Annual report of the Bengal Veterinary College and of the Civil Veterinary Department, Bengal, for the year 1912-1913 - 1912-1913
Year: 1912
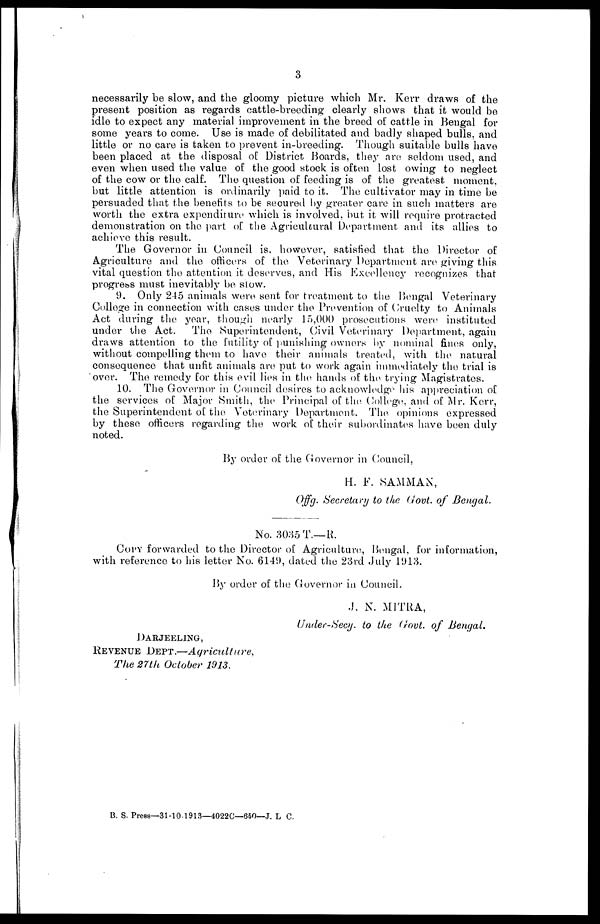
3
necessarily be slow, and the gloomy picture which Mr. Kerr draws of the
present position as regards cattle-breeding clearly shows that it would be
idle to expect any material improvement in the breed of cattle in Bengal for
some years to come. Use is made of debilitated and badly shaped bulls, and
little or no care is taken to prevent in-breeding. Though suitable bulls have
been placed at the disposal of District Boards, they are seldom used, and
even when used the value of the good stock is often lost owing to neglect
of the cow or the calf. The question of feeding is of the greatest moment,
but little attention is ordinarily paid to it. The cultivator may in time be
persuaded that the benefits to be secured by greater care in such matters are
worth the extra expenditure which is involved, but it will require protracted
demonstration on the part of the Agricultural Department and its allies to
achieve this result.
The Governor in Council is, however, satisfied that the Director of
Agriculture and the officers of the Veterinary Department are giving this
vital question the attention it deserves, and His Excellency recognizes that
progress must inevitably be slow.
9. Only 245 animals were sent for treatment to the Bengal Veterinary
College in connection with cases under the Prevention of Cruelty to Animals
Act during the year, though nearly 15,000 prosecutions were instituted
under the Act.
The Superintendent, Civil Veterinary Department, again
draws attention to the futility of punishing owners by nominal fines only,
without compelling them to have their animals treated, with the natural
consequence that unfit animals are put to work again immediately the trial is
over. The remedy for this evil lies in the hands of the trying Magistrates.
10. The Governor in Council desires to acknowledge his appreciation of
the services of Major Smith, the Principal of the College, and of Mr. Kerr,
the Superintendent of the Veterinary Department. The opinions expressed
by these officers regarding the work of their subordinates have been duly
noted.
By order of the Governor in Council,
H. F. SAMMAN,
Offg. Secretary to the Govt. of Bengal.
No. 3035 T.—R.
Copy forwarded to the Director of Agriculture, Bengal, for information,
with reference to his letter No. 6149, dated the 23rd July 1913.
By order of the Governor in Council.
J. N. MITRA,
Under-Secy. to the Govt. of Bengal.
Darjeeling,
Revenue Dept.—Agriculture,
The 27th October 1913.
B. S. Press—31-10-1913—4022C—650—J. L C.